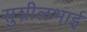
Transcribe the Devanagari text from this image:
सुशीलभाई